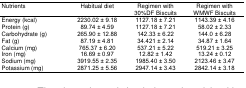
<table><thead><tr><td><b>Nutrients</b></td><td><b>Habitual diet</b></td><td><b>Regimen with 30%DF Biscuits</b></td><td><b>Regimen with WMWF Biscuits</b></td></tr></thead><tbody><tr><td>Energy (kcal)</td><td>2230.02 ± 9.18</td><td>1127.18 ± 7.21</td><td>1143.39 ± 4.16</td></tr><tr><td>Protein (g)</td><td>89.74 ± 4.59</td><td>1127.18 ± 7.21</td><td>58.02 ± 2.33</td></tr><tr><td>Carbohydrate (g)</td><td>265.90 ± 12.88</td><td>142.33 ± 6.22</td><td>144.0 ± 6.28</td></tr><tr><td>Fat (g)</td><td>87.19 ± 4.81</td><td>34.421 ± 2.14</td><td>34.87 ± 1.64</td></tr><tr><td>Calcium (mg)</td><td>765.37 ± 6.20</td><td>537.21 ± 5.22</td><td>519.21 ± 3.25</td></tr><tr><td>Iron (mg)</td><td>16.69 ± 0.97</td><td>12.82 ± 1.42</td><td>13.24 ± 0.12</td></tr><tr><td>Sodium (mg)</td><td>3919.55 ± 2.35</td><td>1985.40 ± 3.50</td><td>2123.46 ± 3.47</td></tr><tr><td>Potassium (mg)</td><td>2871.25 ± 5.56</td><td>2947.14 ± 3.43</td><td>2842.14 ± 3.18</td></tr></tbody></table>